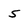
Character: 5